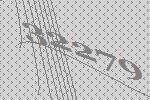
32279